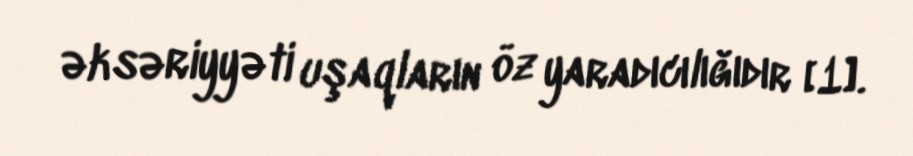
əksəriyyəti uşaqların öz yaradıcılığıdır [1].